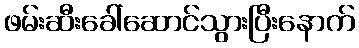
ဖမ်းဆီးခေါ်ဆောင်သွားပြီးနောက်